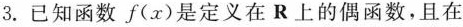
3.已知函数f(x)是定义在R上的偶函数，且在